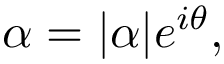
\alpha = | \alpha | e ^ { i \theta } ,